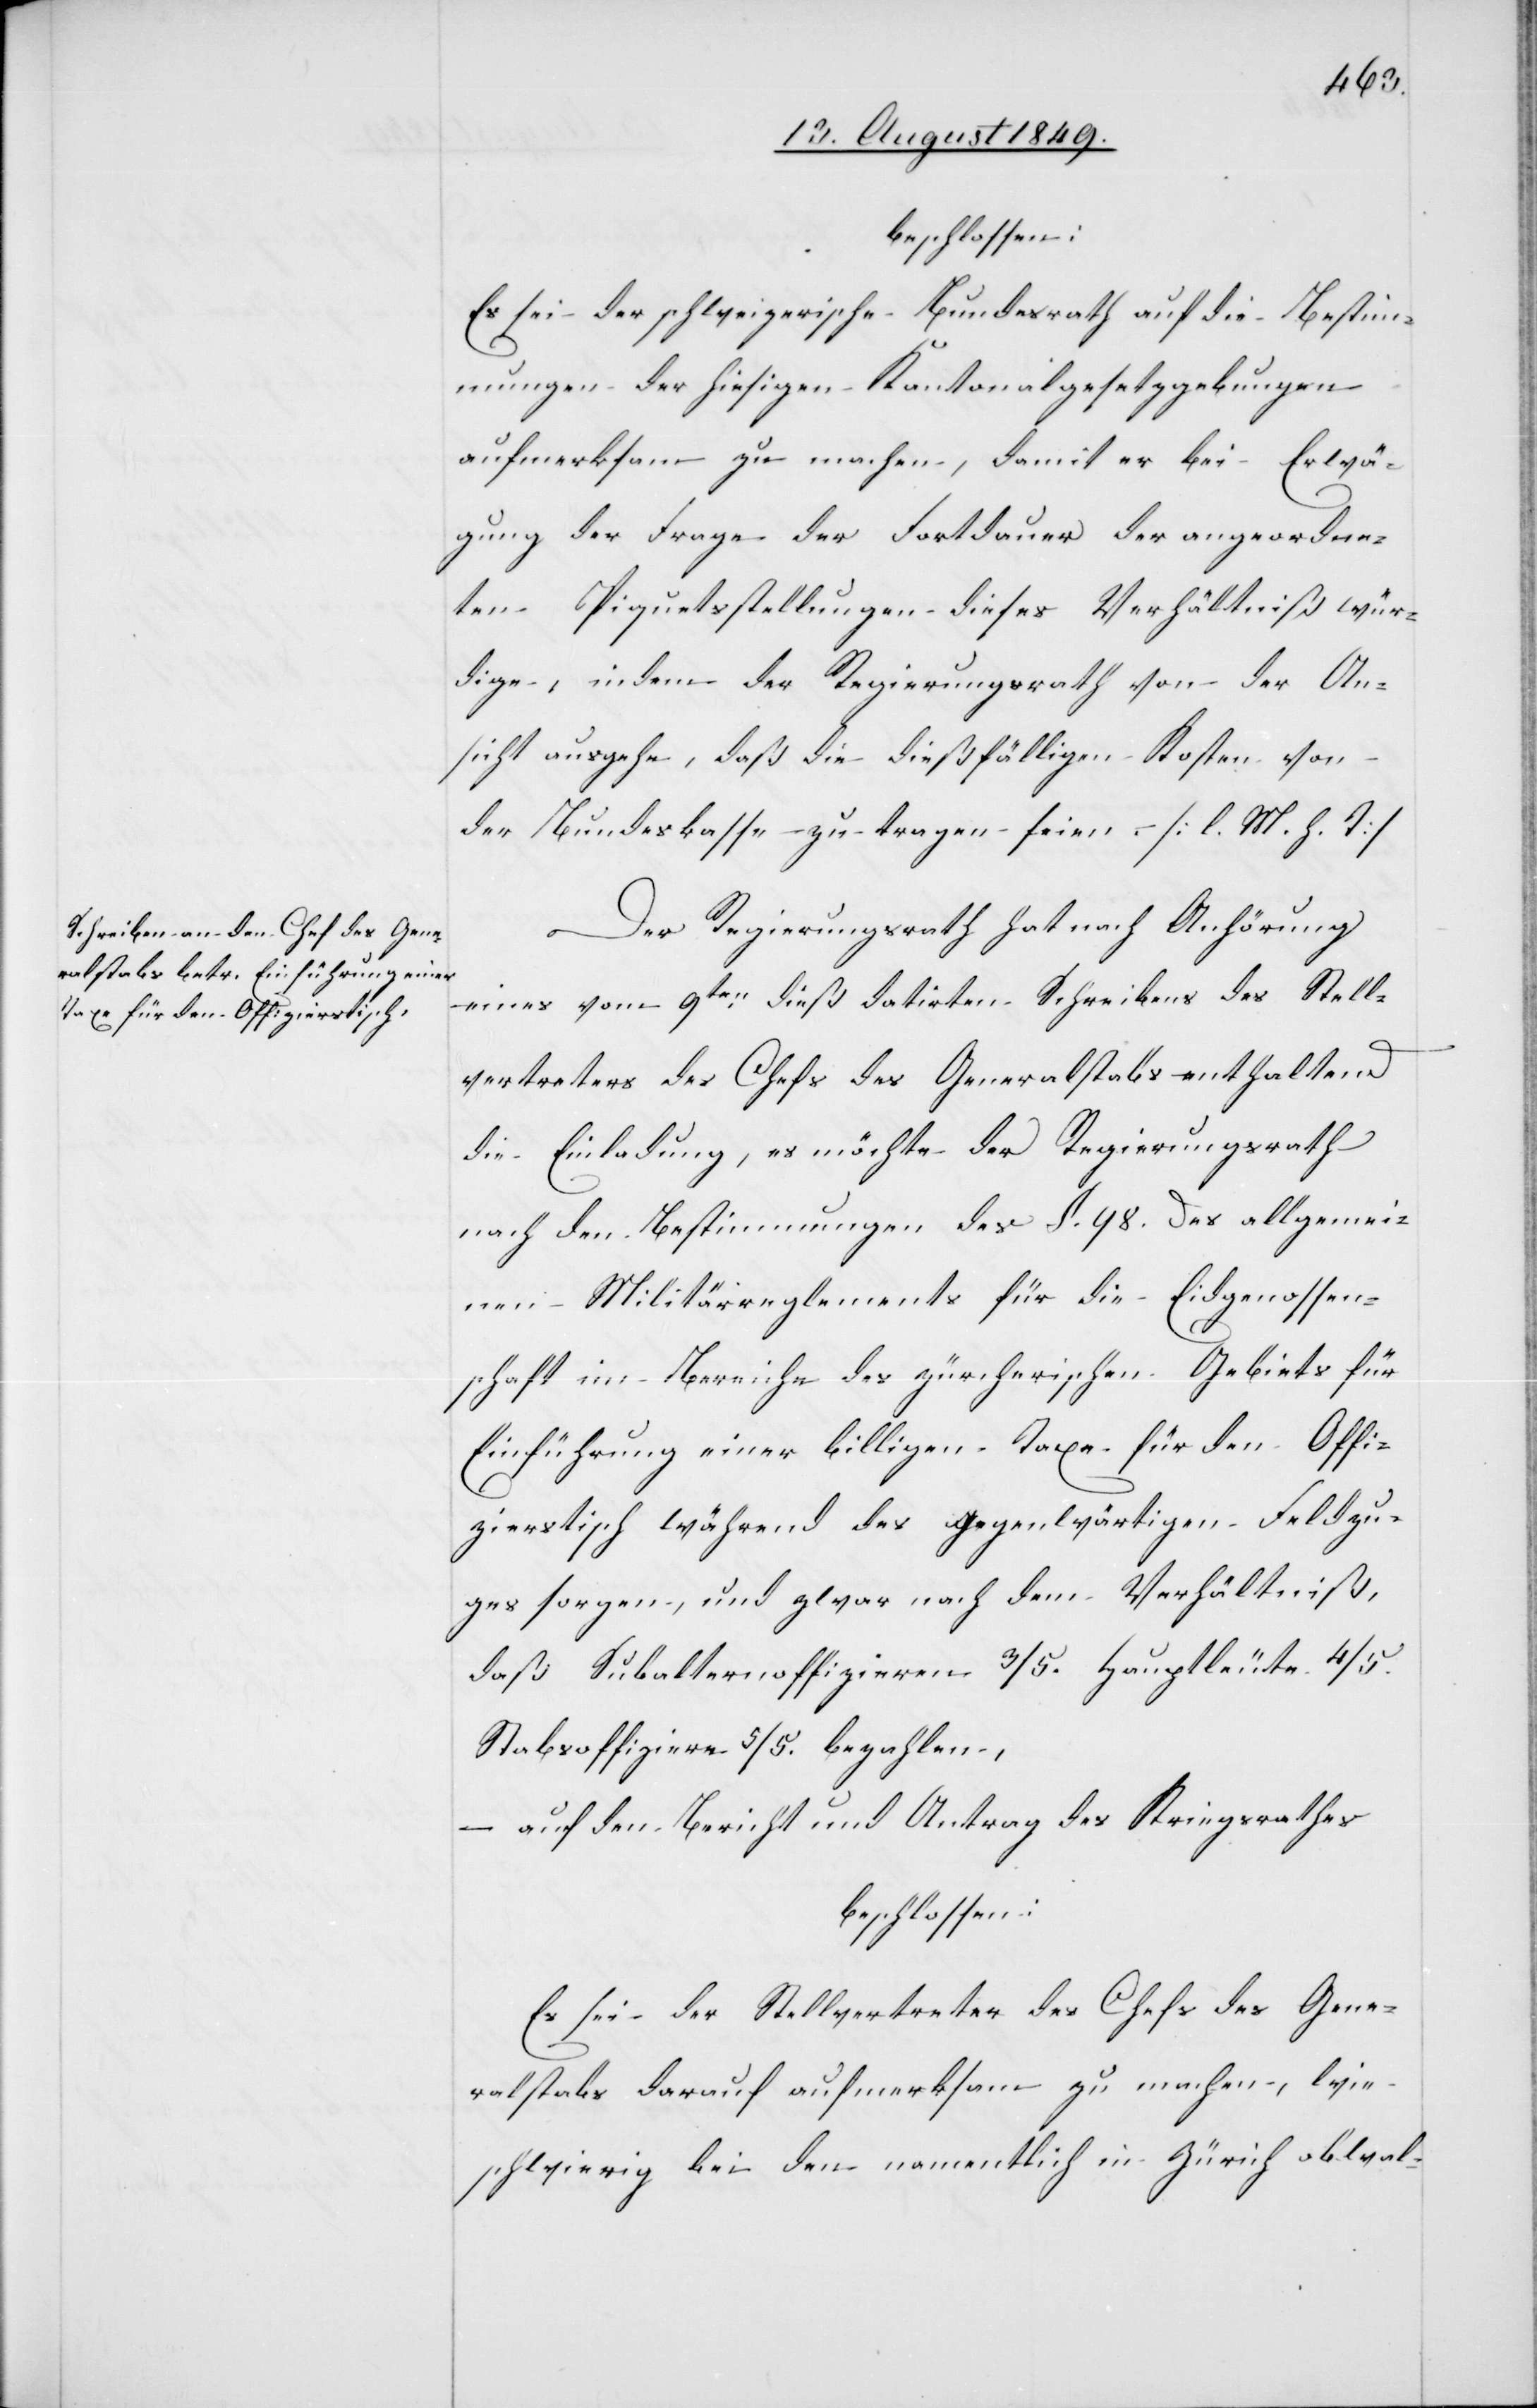
beschlossen:
Es sei der schweizerische Bundesrath auf die Bestim¬
mungen der hiesigen Kantonalgesetzgebungen
aufmerksam zu machen, damit er bei Erwä¬
gung der Frage der Fortdauer der angeordne¬
ten Piquetstellungen dieses Verhältniß wür¬
dige, indem der Regierungsrath von der An¬
sicht ausgehe, daß die dießfälligen Kosten von
der Bundeskasse zu tragen seien. [l. M. h. T]
Der Regierungsrath hat nach Anhörung
eines vom 9ten dieß datirten Schreibens des Stell¬
vertreters des Chefs des Generalstabs enthaltend
die Einladung, es möchte der Regierungsrath
nach den Bestimmungen des §. 98. des allgemei¬
nen Militärreglements für die Eidgenossen¬
schaft im Bereiche des zürcherischen Gebiets für
Einführung einer billigen Taxe für den Offi¬
zierstisch während des gegenwärtigen Feldzu¬
ges sorgen, und zwar nach dem Verhältniß,
daß Subalternoffizieren 3/5. Hauptleute 4/5.
Stabsoffiziere 5/5. bezahlen,
– auf den Bericht und Antrag des Kriegsrathes
beschlossen:
Es sei der Stellvertreter des Chefs des Gene¬
ralstabs darauf aufmerksam zu machen, wie
schwierig bei den namentlich in Zürich obwal-